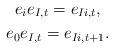
LaTeX: \begin{gather*} e_i e_{I,t} = e_{Ii,t} , \\ e_0 e_{I,t} = e_{Ii,t+1} .\end{gather*}